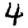
Digit: 4